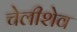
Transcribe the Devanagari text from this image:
चेलीशेव